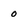
Character: 0